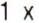
1 X